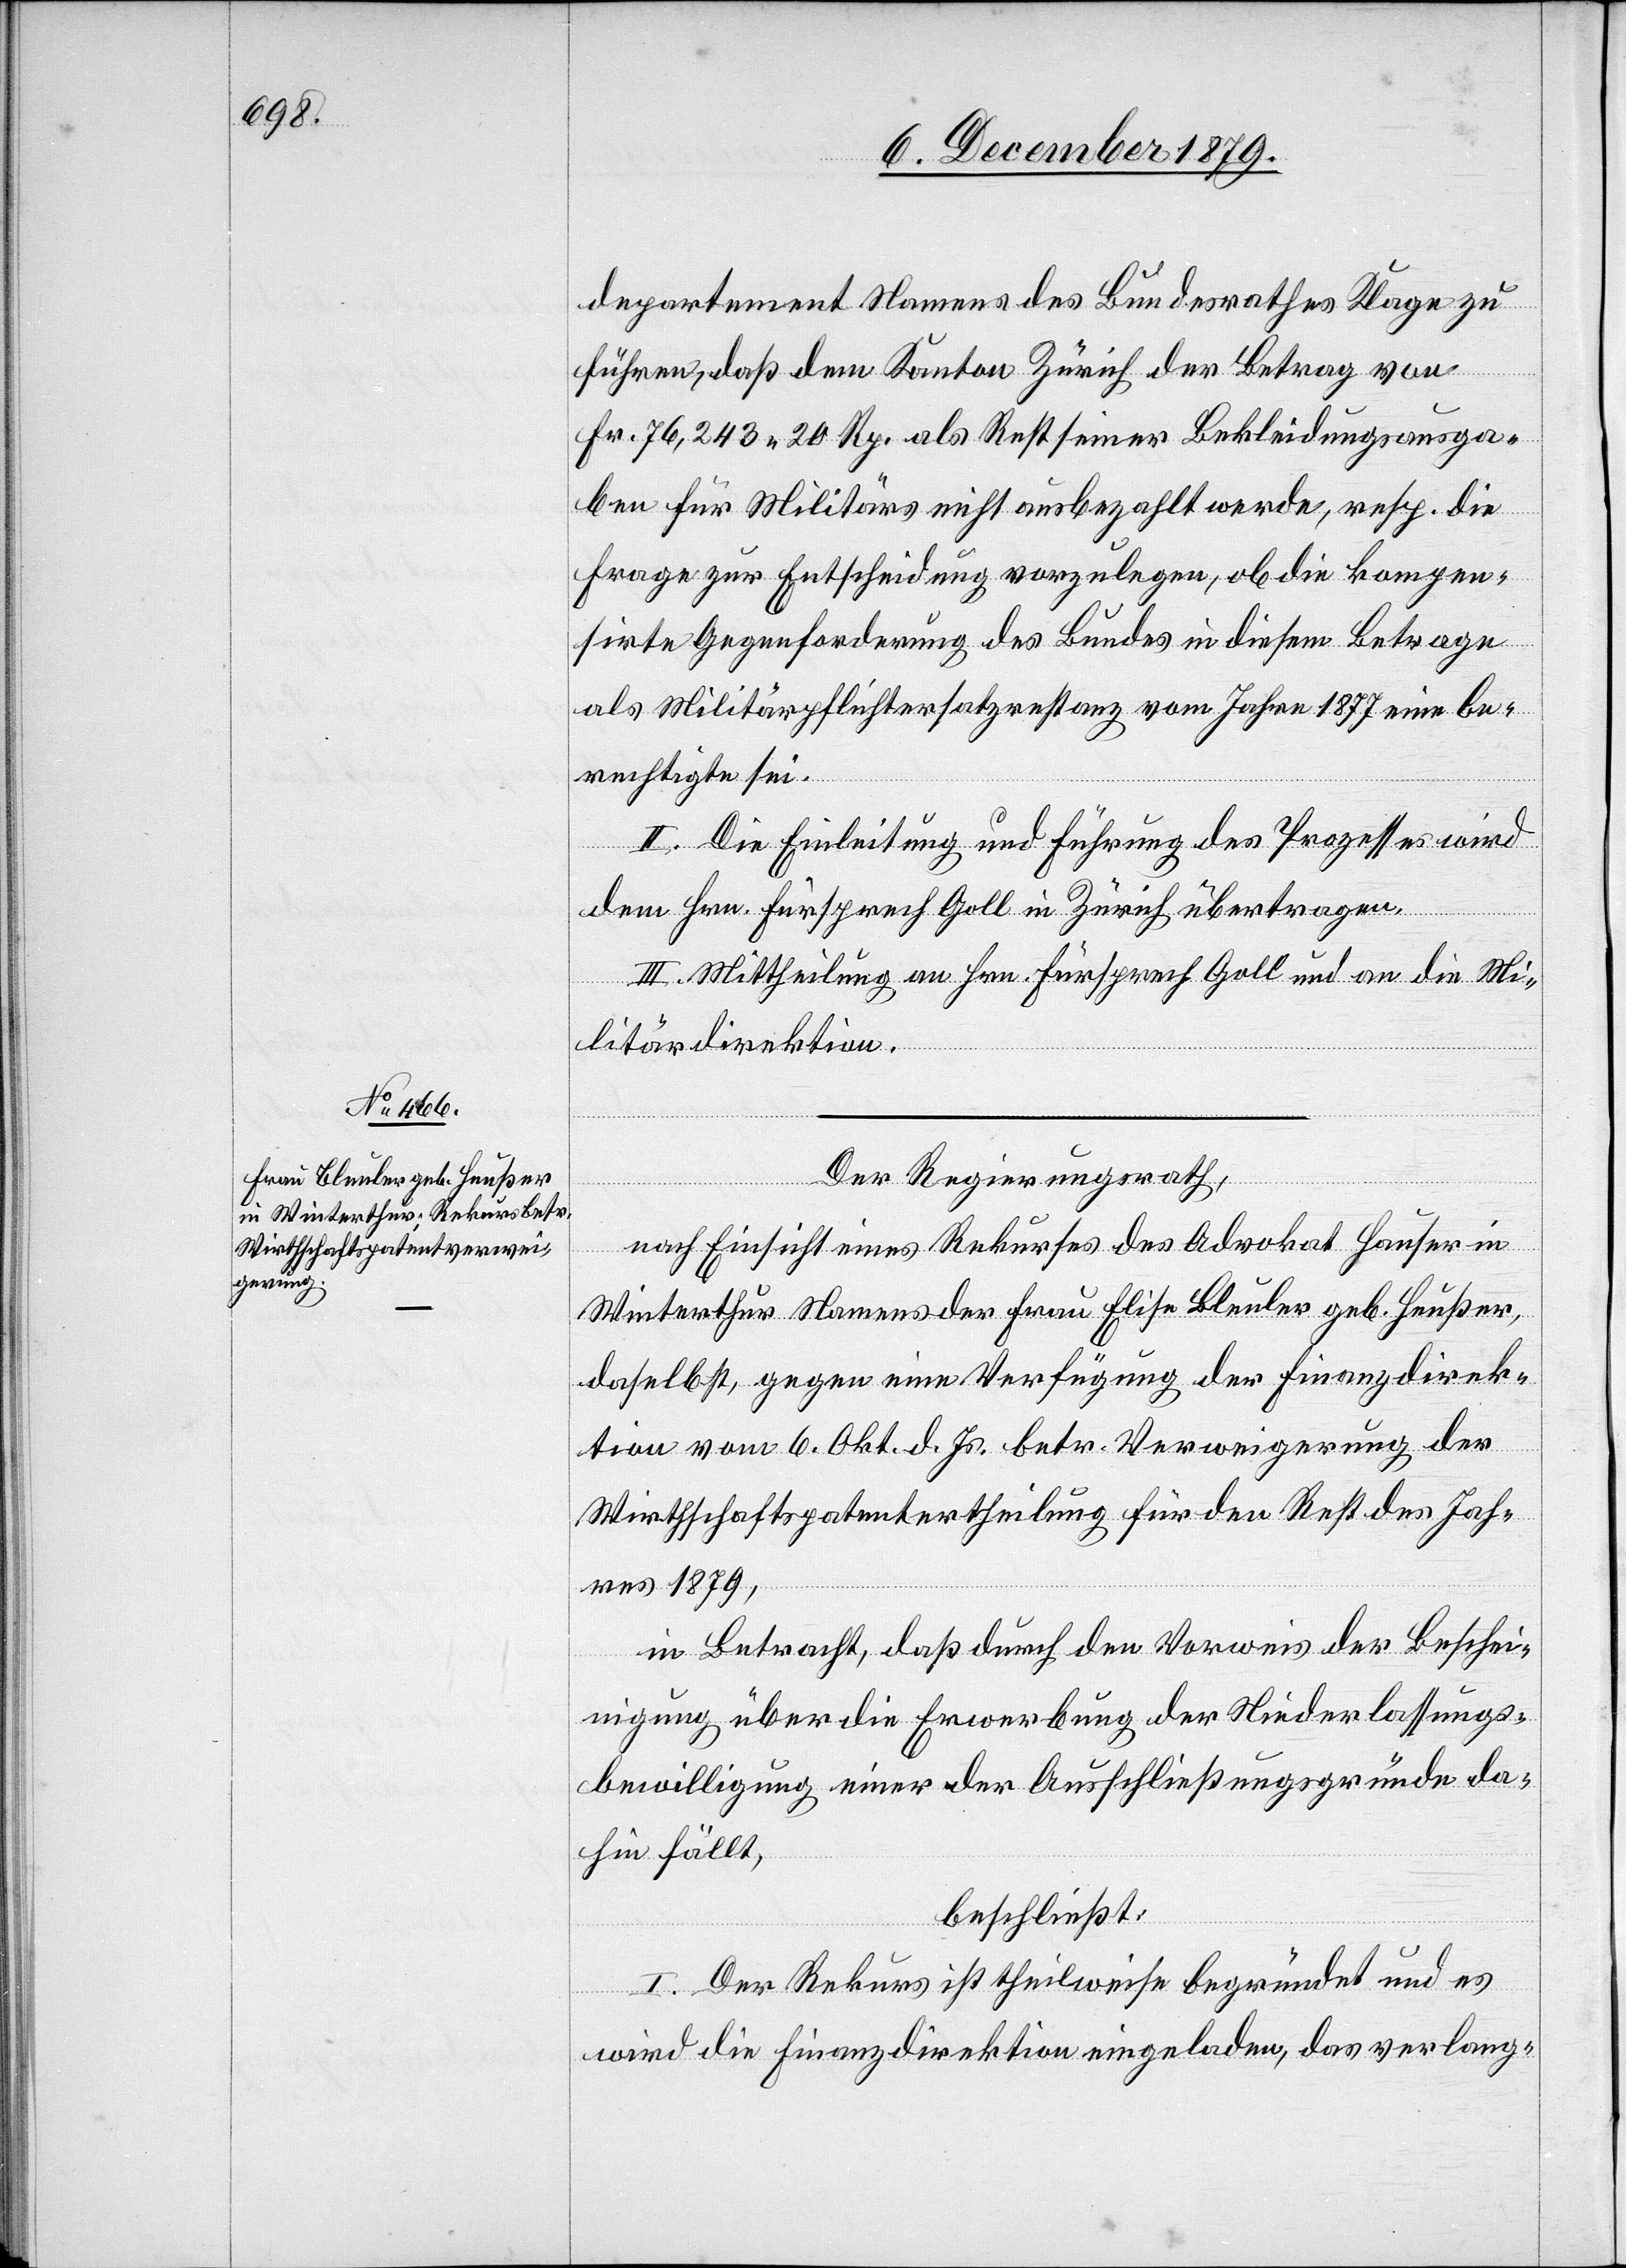
departement Namens des Bundesrathes Klage zu
führen, daß dem Kanton Zürich der Betrag von
Fr. 76,243 20 Rp. als Rest seiner Bekleidungsausga¬
ben für Militärs nicht ausbezahlt werde, resp. die
Frage zur Entscheidung vorzulegen, ob die kompen¬
sirte Gegenforderung des Bundes in diesem Betrage
als Militärpflichtersatzrestanz vom Jahr 1877 eine be¬
rechtigte sei.
II. Die Einleitung und Führung des Prozesses wird
dem Hrn. Fürsprech Goll in Zürich übertragen.
III. Mittheilung an Hrn. Fürsprech Goll und an die Mi¬
litärdirektion.
Der Regierungsrath,
nach Einsicht eines Rekurses des Advokat Hauser in
Winterthur Namens der Frau Elise Bleuler geb. Heußer,
daselbst, gegen eine Verfügung der Finanzdirek¬
tion vom 6. Okt. d. Js. betr. Verweigerung der
Wirthschaftspatentertheilung für den Rest des Jah¬
res 1879,
in Betracht, daß durch den Vorweis der Beschei¬
nigung über die Erwerbung der Niederlassungs¬
bewilligung einer der Ausschließungsgründe da¬
hin fällt,
beschließt:
I. Der Rekurs ist theilweise begründet und es
wird die Finanzdirektion eingeladen, das verlang-